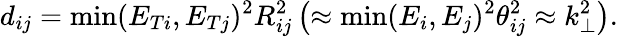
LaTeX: d_{ij}=\operatorname*{min}(E_{Ti},E_{Tj})^{2}R_{ij}^{2}\left(\approx\operatorname*{min}(E_{i},E_{j})^{2}\theta_{ij}^{2}\approx k_{\perp}^{2}\right).